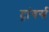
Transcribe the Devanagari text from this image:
ट्रांवर्स